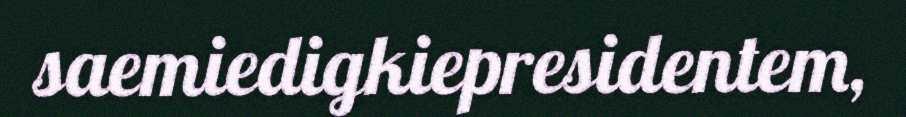
saemiedigkiepresidentem,